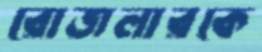
রোজলারকে